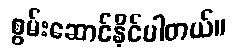
စွမ်းဆောင်နိုင်ပါတယ်။